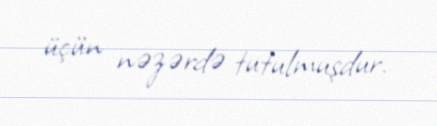
üçün nəzərdə tutulmuşdur.